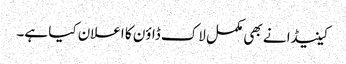
کینیڈا نے بھی مکمل لاک ڈاؤن کا اعلان کیا ہے۔